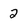
Character: 2